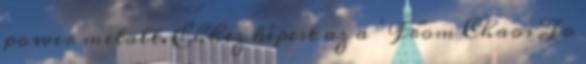
power metalt. Ehhez képest az a ’From Chaos To